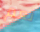
نعم